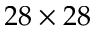
2 8 \times 2 8